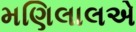
મણિલાલએ